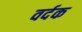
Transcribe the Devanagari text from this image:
वर्दक